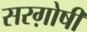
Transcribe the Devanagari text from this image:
सरग़ोषी